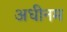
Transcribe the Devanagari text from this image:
अधीनम